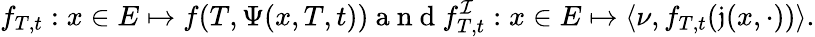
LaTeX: f_{T,t}:x\in E\mapsto f(T,\Psi(x,T,t))\mathrm{~a~n~d~}f_{T,t}^{\mathcal{I}}:x\in E\mapsto\langle\nu,f_{T,t}(\mathfrak{j}(x,\cdot))\rangle.